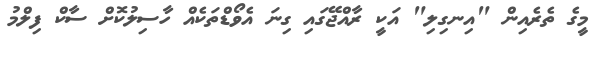
މީގެ ތެރެއިން "އިނގިލި" އަކީ ރާއްޖޭގައި ގިނަ އެވޯޑްތަކެއް ހާސިލުކޮށް ސާކް ފިލްމު